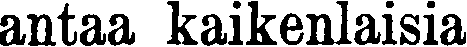
antaa kaikenlaisia